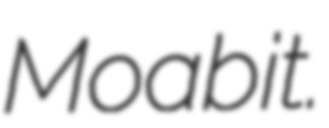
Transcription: Moabit.